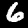
Label: 6